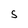
Character: S